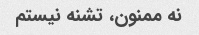
نه ممنون، تشنه نیستم